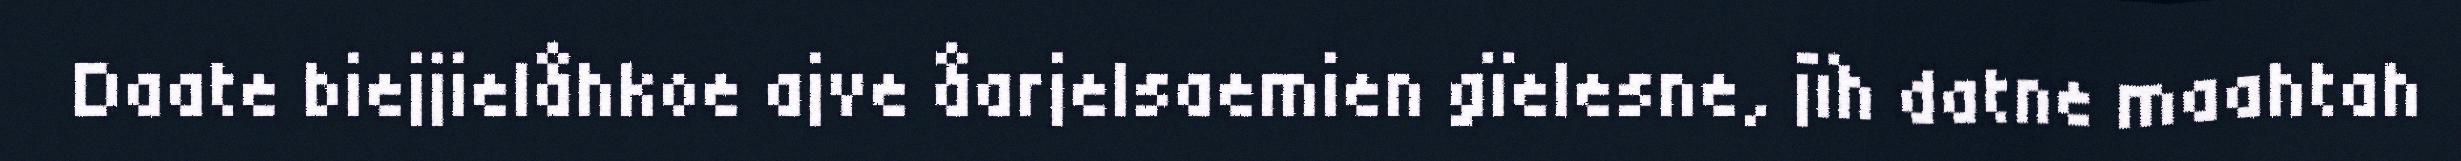
Daate biejjielåhkoe ajve åarjelsaemien gïelesne, jïh datne maahtah